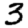
Digit: 3